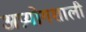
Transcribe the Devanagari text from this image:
अप्रयोगशाली